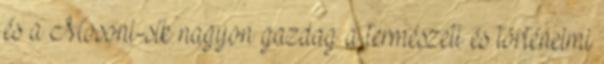
és a Mosoni-sík nagyon gazdag a természeti és történelmi